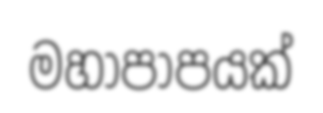
මහාපාපයක්